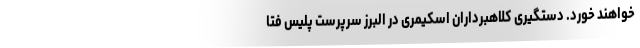
خواهند خورد. دستگیری کلاهبرداران اسکیمری در البرز سرپرست پلیس فتا